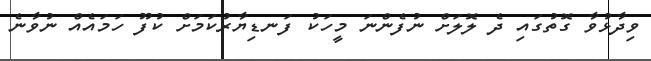
ވިދާޅުވާ ގޮތުގައި ދެ ލޮލަށް ނުފެންނަ މީހަކު ފަނޑިޔާރުކަމަށް ކުފޫ ހަމައެއް ނުވާނެ